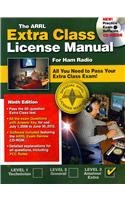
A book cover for The ARRL Extra Class License Manual for Ham Radio; arrl; Humor & Entertainment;